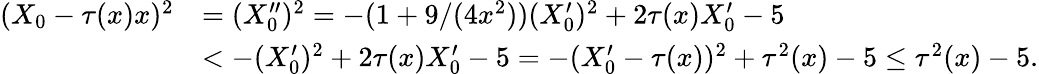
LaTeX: \begin{array}{rl}{(X_{0}-\tau(x)x)^{2}}&{=(X_{0}^{\prime\prime})^{2}=-(1+9/(4x^{2}))(X_{0}^{\prime})^{2}+2\tau(x)X_{0}^{\prime}-5}\\ &{<-(X_{0}^{\prime})^{2}+2\tau(x)X_{0}^{\prime}-5=-(X_{0}^{\prime}-\tau(x))^{2}+\tau^{2}(x)-5\leq\tau^{2}(x)-5.}\end{array}